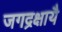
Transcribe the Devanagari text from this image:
जगद्रक्षायै